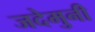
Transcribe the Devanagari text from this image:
जदेमुनी